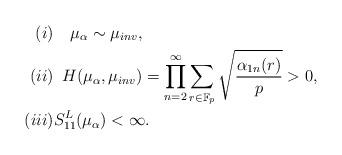
LaTeX: \begin{align*}(i)&\quad\mu_\alpha\sim\mu_{inv},\\(ii)&\,\,\,H(\mu_\alpha,\mu_{inv})=\prod_{n=2}^\infty\sum_{r\in {\mathbb F}_p}\sqrt{\frac{\alpha_{1n}(r)}{p}}>0,\\(iii)&S_{11}^L(\mu_\alpha)<\infty.\end{align*}